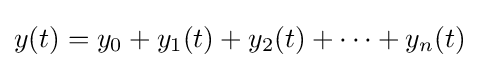
y(t)=y_{0}+y_{1}(t)+y_{2}(t)+\cdots +y_{n}(t)